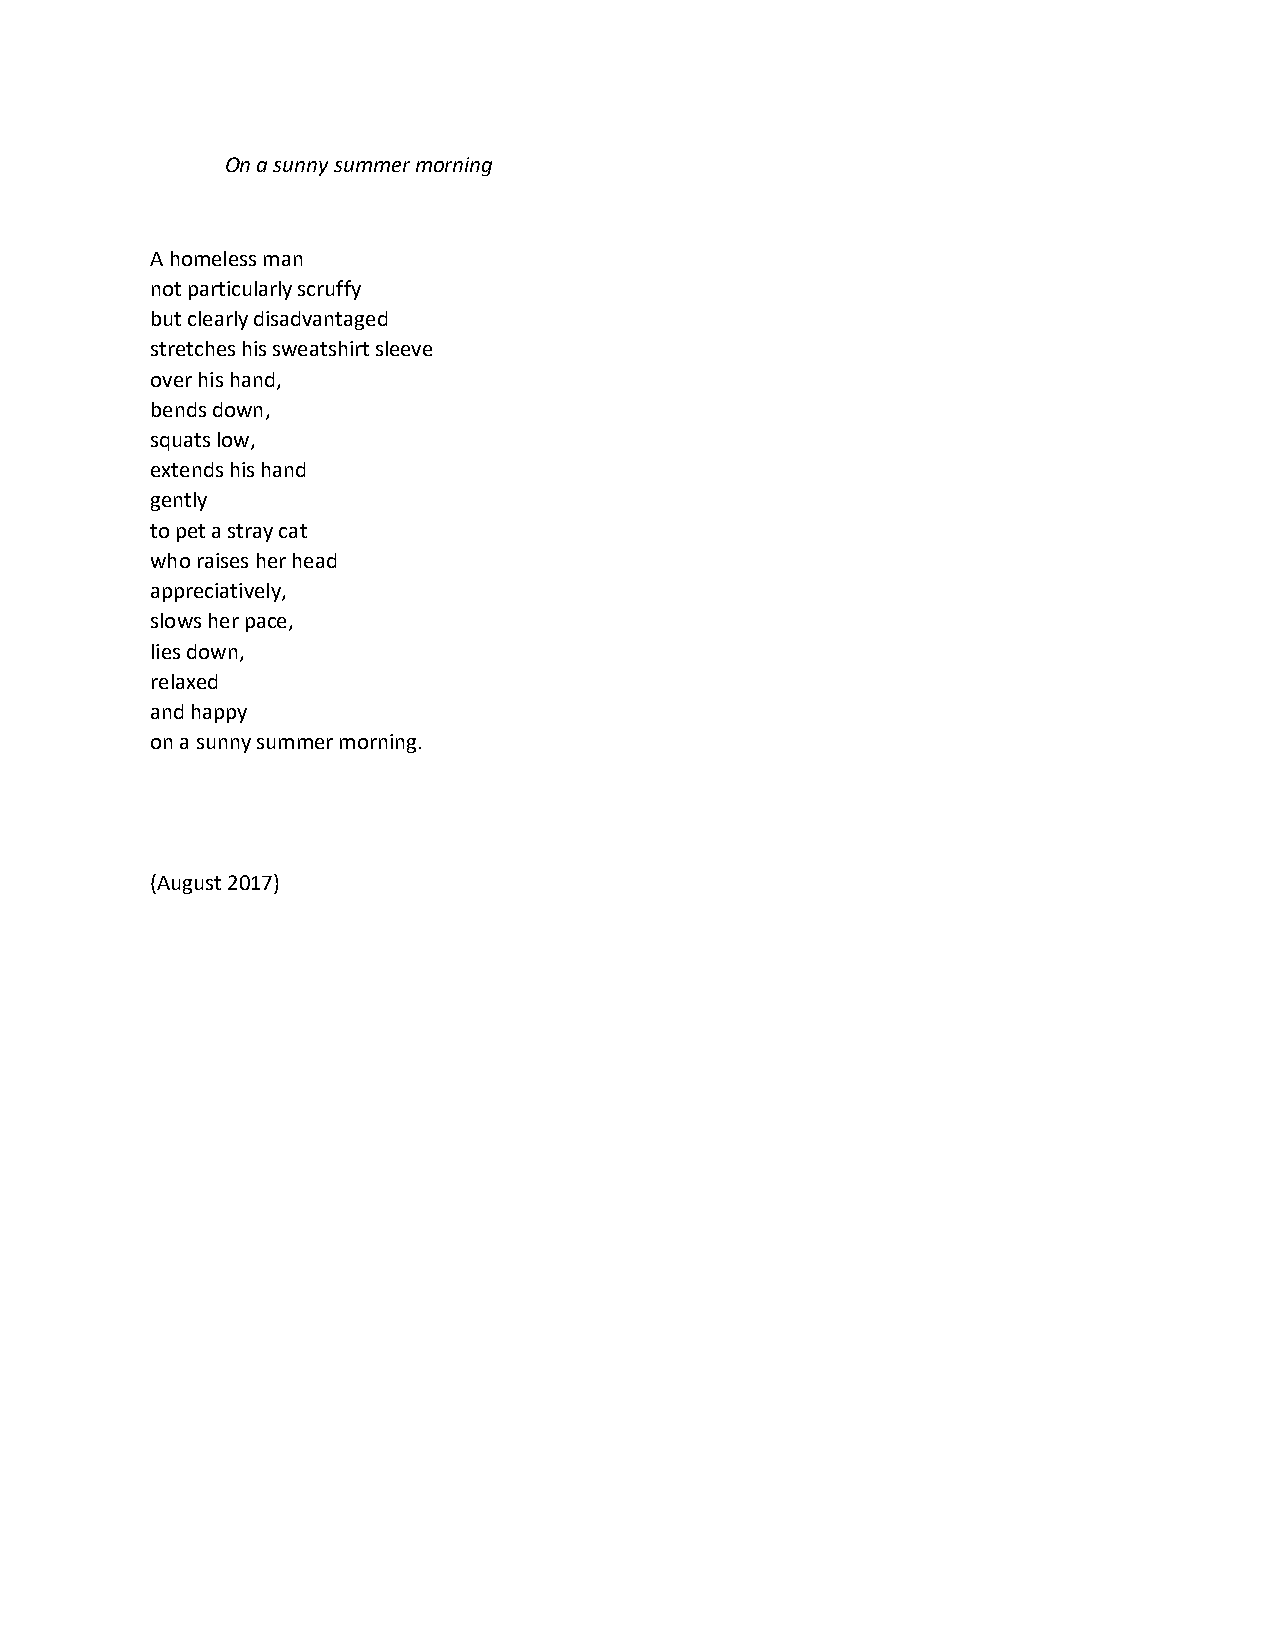
On a sunny summer morning
 A homeless man
 not particularly scruffy
 but clearly disadvantaged
 stretches his sweatshirt sleeve
 over his hand,
 bends down,
 squats low,
 extends his hand
 gently
 to pet a stray cat
 who raises her head
 appreciatively,
 slows her pace,
 lies down,
 relaxed
 and happy
 on a sunny summer morning.
 (August 2017)